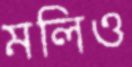
মলিও